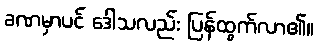
ခဏမှာပင် ဒေါသလည်း ပြန်ထွက်လာ၏။